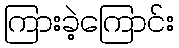
ကြားခဲ့ကြောင်း